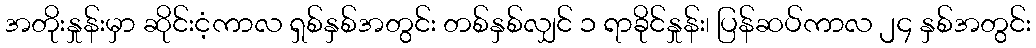
အတိုးနှုန်းမှာ ဆိုင်းငံ့ကာလ ရှစ်နှစ်အတွင်း တစ်နှစ်လျှင် ၁ ရာခိုင်နှုန်း၊ ပြန်ဆပ်ကာလ ၂၄ နှစ်အတွင်း